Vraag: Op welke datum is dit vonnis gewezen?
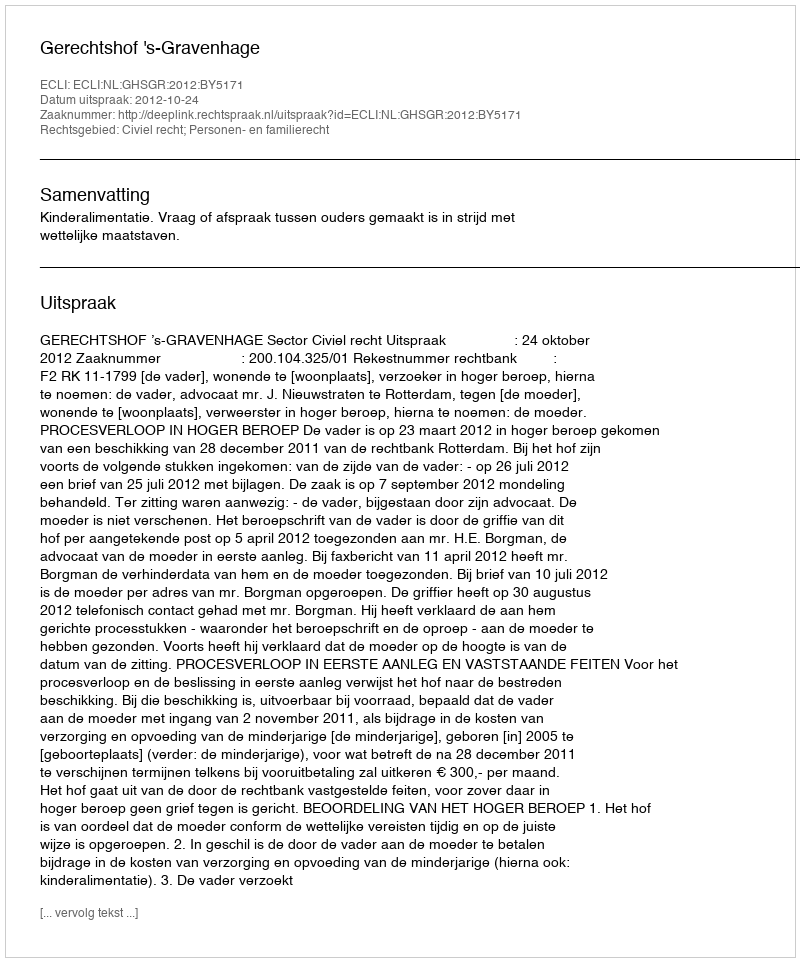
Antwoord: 2012-10-24